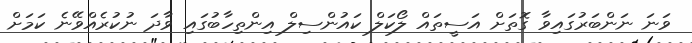
ވަނަ ނަންބަރުގައިވާ ގޮތަށް އަސީތައް ލޯކަލް ކައުންސިލް އިންތިހާބުގައި ވާދަ ނުކުރެއްވޭނެ ކަމަށް